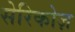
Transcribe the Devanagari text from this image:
सेरिकोज़